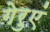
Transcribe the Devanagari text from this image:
गेरुएं